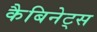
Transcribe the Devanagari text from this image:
कैबिनेट्स